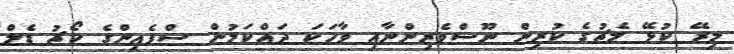
މިރޭ ކުޅޭ މެޗުގެ ކުރިން ނޫސްވެރިންނާއި ވާހަކަ ދައްކަމުން ސްޕެއިންގެ ކޯޗު ޑެލް